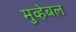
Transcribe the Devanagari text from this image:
मुव्हेबल